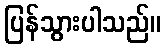
ပြန်သွားပါသည်။